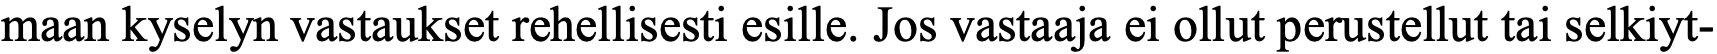
maan kyselyn vastaukset rehellisesti esille. Jos vastaaja ei ollut perustellut tai selkiyt-